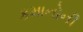
કમાનોની